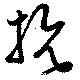
抗